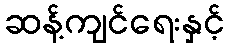
ဆန့်ကျင်ရေးနှင့်